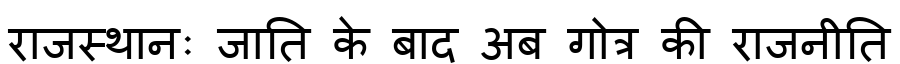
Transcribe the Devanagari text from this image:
राजस्थानः जाति के बाद अब गोत्र की राजनीति